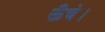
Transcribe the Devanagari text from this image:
ऊँचे।